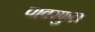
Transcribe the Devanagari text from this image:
पावरफुल